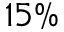
1 5 \%